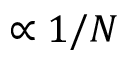
\propto 1 / N